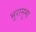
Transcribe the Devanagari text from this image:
भूरानुमा